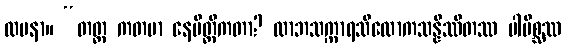
လပနာ။ “တတ္ထ ကတမာ နေမိတ္တိကတာ? လာဘသက္ကာရသိလောကသန္နိဿိတဿ ပါပိစ္ဆဿ